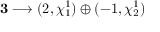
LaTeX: { \bf 3 } \longrightarrow ( 2 , \chi _ { 1 } ^ { 1 } ) \oplus ( - 1 , \chi _ { 2 } ^ { 1 } )